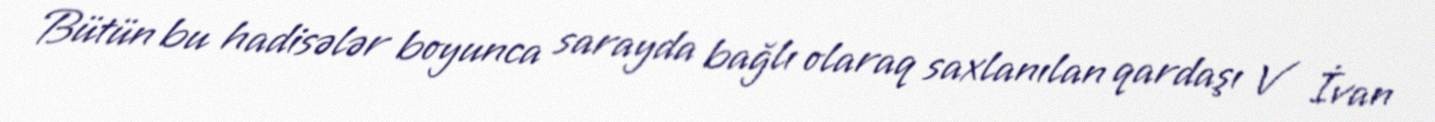
Bütün bu hadisələr boyunca sarayda bağlı olaraq saxlanılan qardaşı V İvan